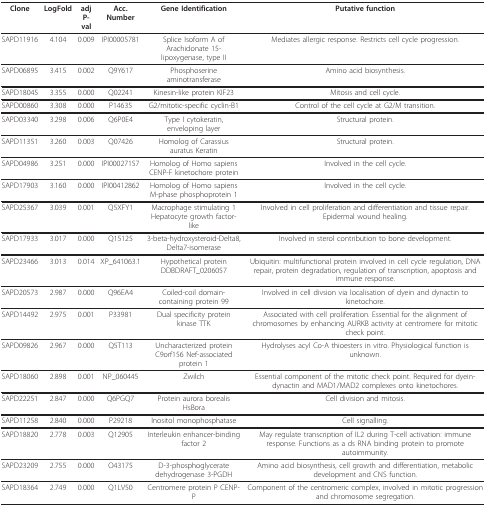
<table><thead><tr><td><b>Clone</b></td><td><b>LogFold</b></td><td><b>adj P-val</b></td><td><b>Acc. Number</b></td><td><b>Gene Identification</b></td><td><b>Putative function</b></td></tr></thead><tbody><tr><td>SAPD11916</td><td>4.104</td><td>0.009</td><td>IPI00005781</td><td>Splice Isoform A of Arachidonate 15-lipoxygenase, type II</td><td>Mediates allergic response. Restricts cell cycle progression.</td></tr><tr><td>SAPD06895</td><td>3.415</td><td>0.002</td><td>Q9Y617</td><td>Phosphoserine aminotransferase</td><td>Amino acid biosynthesis.</td></tr><tr><td>SAPD18045</td><td>3.355</td><td>0.000</td><td>Q02241</td><td>Kinesin-like protein KIF23</td><td>Mitosis and cell cycle.</td></tr><tr><td>SAPD00860</td><td>3.308</td><td>0.000</td><td>P14635</td><td>G2/mitotic-specific cyclin-B1</td><td>Control of the cell cycle at G2/M transition.</td></tr><tr><td>SAPD03340</td><td>3.298</td><td>0.006</td><td>Q6P0E4</td><td>Type I cytokeratin, enveloping layer</td><td>Structural protein.</td></tr><tr><td>SAPD11351</td><td>3.260</td><td>0.003</td><td>Q07426</td><td>Homolog of Carassius auratus Keratin</td><td>Structural protein.</td></tr><tr><td>SAPD04986</td><td>3.251</td><td>0.000</td><td>IPI00027157</td><td>Homolog of Homo sapiens CENP-F kinetochore protein</td><td>Involved in the cell cycle.</td></tr><tr><td>SAPD17903</td><td>3.160</td><td>0.000</td><td>IPI00412862</td><td>Homolog of Homo sapiens M-phase phosphoprotein 1</td><td>Involved in the cell cycle.</td></tr><tr><td>SAPD25367</td><td>3.039</td><td>0.001</td><td>Q5XFY1</td><td>Macrophage stimulating 1 Hepatocyte growth factor-like</td><td>Involved in cell proliferation and differentiation and tissue repair. Epidermal wound healing.</td></tr><tr><td>SAPD17933</td><td>3.017</td><td>0.000</td><td>Q15125</td><td>3-beta-hydroxysteroid-Delta8,Delta7-isomerase</td><td>Involved in sterol contribution to bone development.</td></tr><tr><td>SAPD23466</td><td>3.013</td><td>0.014</td><td>XP_641063.1</td><td>Hypothetical protein DDBDRAFT_0206057</td><td>Ubiquitin: multifunctional protein involved in cell cycle regulation, DNA repair, protein degradation, regulation of transcription, apoptosis and immune response.</td></tr><tr><td>SAPD20573</td><td>2.987</td><td>0.000</td><td>Q96EA4</td><td>Coiled-coil domain-containing protein 99</td><td>Involved in cell divsion via localisation of dyein and dynactin to kinetochore.</td></tr><tr><td>SAPD14492</td><td>2.975</td><td>0.001</td><td>P33981</td><td>Dual specificity protein kinase TTK</td><td>Associated with cell proliferation. Essential for the alignment of chromosomes by enhancing AURKB activity at centromere for mitotic check point.</td></tr><tr><td>SAPD09826</td><td>2.967</td><td>0.000</td><td>Q5T113</td><td>Uncharacterized protein C9orf156 Nef-associated protein 1</td><td>Hydrolyses acyl Co-A thioesters in vitro. Physiological function is unknown.</td></tr><tr><td>SAPD18060</td><td>2.898</td><td>0.001</td><td>NP_060445</td><td>Zwilch</td><td>Essential component of the mitotic check point. Required for dyein-dynactin and MAD1/MAD2 complexes onto kinetochores.</td></tr><tr><td>SAPD22251</td><td>2.847</td><td>0.000</td><td>Q6PGQ7</td><td>Protein aurora borealis HsBora</td><td>Cell division and mitosis.</td></tr><tr><td>SAPD11258</td><td>2.840</td><td>0.000</td><td>P29218</td><td>Inositol monophosphatase</td><td>Cell signalling.</td></tr><tr><td>SAPD18820</td><td>2.778</td><td>0.003</td><td>Q12905</td><td>Interleukin enhancer-binding factor 2</td><td>May regulate transcription of IL2 during T-cell activation: immune response. Functions as a ds RNA binding protein to promote autoimmunity.</td></tr><tr><td>SAPD23209</td><td>2.755</td><td>0.000</td><td>O43175</td><td>D-3-phosphoglycerate dehydrogenase 3-PGDH</td><td>Amino acid biosynthesis, cell growth and differentiation, metabolic development and CNS function.</td></tr><tr><td>SAPD18364</td><td>2.749</td><td>0.000</td><td>Q1LV50</td><td>Centromere protein P CENP-P</td><td>Component of the centromeric complex, involved in mitotic progression and chromosome segregation.</td></tr></tbody></table>